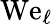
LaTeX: \mathrm{We}_{\ell}